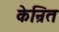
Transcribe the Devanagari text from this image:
केन्रित